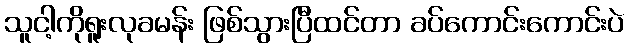
သူငါ့ကိုရူးလုခမန်း ဖြစ်သွားပြီထင်တာ ခပ်ကောင်းကောင်းပဲ